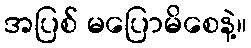
အပြစ် မပြောမိစေနဲ့။